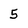
Character: 5